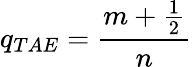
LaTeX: q_{TAE}=\frac{m+\frac{1}{2}}{n}